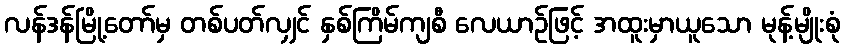
လန်ဒန်မြို့တော်မှ တစ်ပတ်လျှင် နှစ်ကြိမ်ကျစီ လေယာဉ်ဖြင့် အထူးမှာယူသော မုန့်မျိုးစုံ